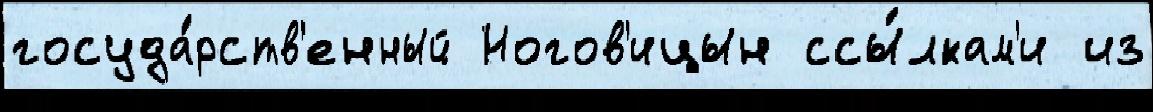
госуда́рств'енный Ногов'ицын ссы́лкам'и из